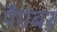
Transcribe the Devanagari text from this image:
पैग़ंबर